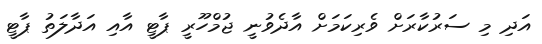
އަދި މި ސަރުކާރަށް ވެރިކަމަށް އާދެވުނީ ޖުމްހޫރީ ޕާޓީ އާއި އަދާލަތު ޕާޓީ